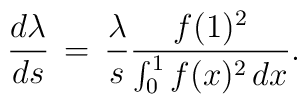
\frac{d\lambda}{ds}\,=\,\frac{\lambda}{s}\frac{f(1)^{2}} {\int_{0}^{1}f(x)^{2}\,dx}.